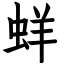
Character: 蛘